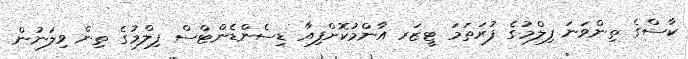
ކާސްގެ ތިންވަނަ ފިލްމުގެ ފުރަތަމަ ޓީޒަރ އާންމުކޮށްފިއާ ޑިސެންޑެންޓްސް ފިލްމުގެ ތިން ވިލަނުން